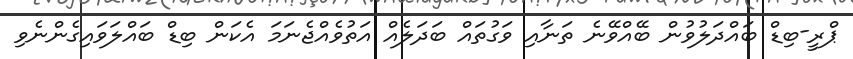
ޕްރީ-ބިޑް ބައްދަލުވުން ބޭއްވޭނެ ތަނާއި ވަގުތައް ބަދަލެއް އަތުވެއްޖެނަމަ އެކަން ބިޑް ބައްލަވައިގެންނެވި